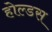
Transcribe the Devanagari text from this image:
होल्डस